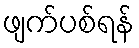
ဖျက်ပစ်ရန်